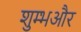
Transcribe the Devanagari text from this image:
शुम्भऔर